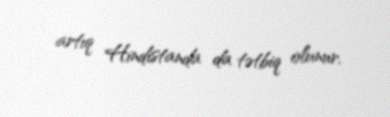
artıq Hindistanda da tətbiq olunur.